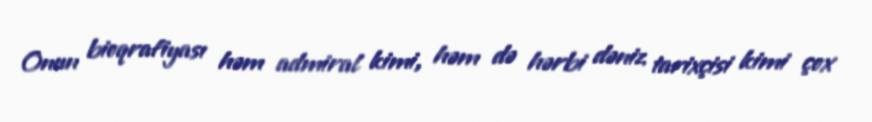
Onun bioqrafiyası həm admiral kimi, həm də hərbi dəniz tarixçisi kimi çox